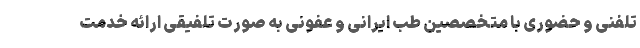
تلفنی و حضوری با متخصصین طب ایرانی و عفونی به صورت تلفیقی ارائه خدمت